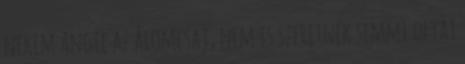
nekem Angie az álomcsaj, nem is szeretnék semmi olyat